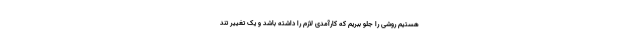
هستیم روشی را جلو ببریم که کارآمدی لازم را داشته باشد و یک تغییر تند